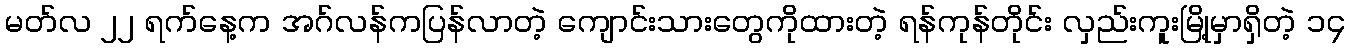
မတ်လ ၂၂ ရက်နေ့က အဂ်လန်ကပြန်လာတဲ့ ကျောင်းသားတွေကိုထားတဲ့ ရန်ကုန်တိုင်း လှည်းကူးမြို့မှာရှိတဲ့ ၁၄